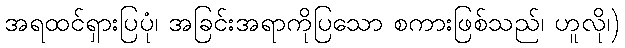
အရထင်ရှားပြပုံ၊ အခြင်းအရာကိုပြသော စကားဖြစ်သည်၊ ဟူလို၊)